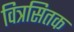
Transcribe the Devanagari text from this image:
वित्रसितक